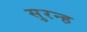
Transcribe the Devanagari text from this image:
सुरन्ह